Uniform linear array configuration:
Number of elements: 64
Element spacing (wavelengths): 1
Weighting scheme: exponential
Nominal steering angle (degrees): -30
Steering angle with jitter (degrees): -28.145
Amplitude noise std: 0.05
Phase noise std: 0.05

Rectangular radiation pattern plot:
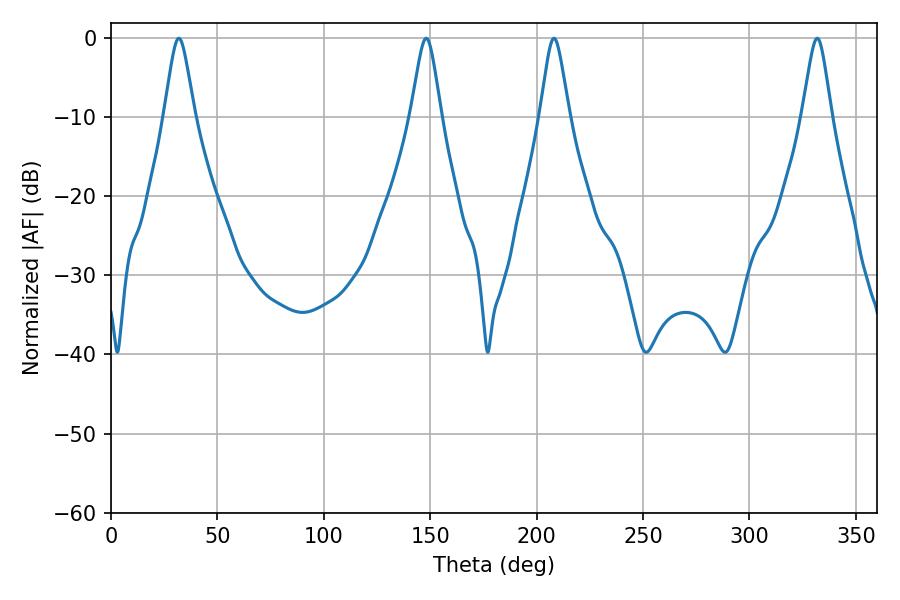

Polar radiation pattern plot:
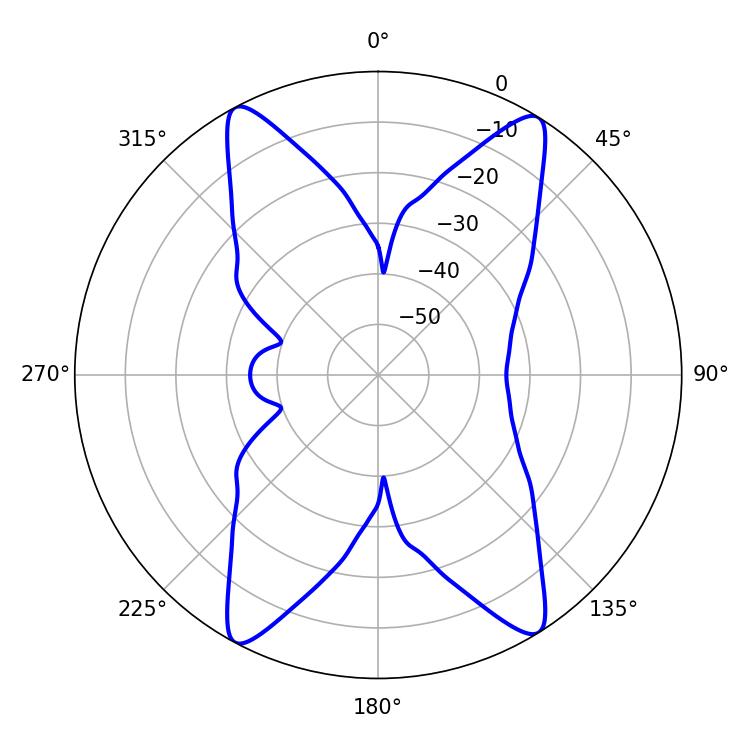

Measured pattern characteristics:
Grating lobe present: TRUE
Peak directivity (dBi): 19.571
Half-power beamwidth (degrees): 6.66
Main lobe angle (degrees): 31.86